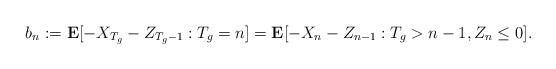
LaTeX: \begin{align*} b_n:=\mathbf{E}[- X_{T_g}-Z_{T_g-1}:T_g=n]=\mathbf{E}[- X_{n}-Z_{n-1}:T_g>n-1, Z_n\le0].\end{align*}